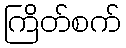
ကြိတ်စက်